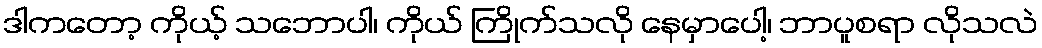
ဒါကတော့ ကိုယ့် သဘောပါ၊ ကိုယ် ကြိုက်သလို နေမှာပေါ့၊ ဘာပူစရာ လိုသလဲ